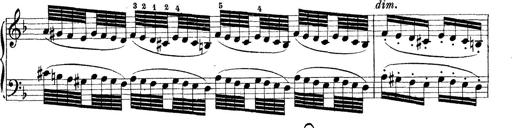
Title: Rapsodie: 19 ungheresi, 1 spagnuola
Composer: Franz Liszt